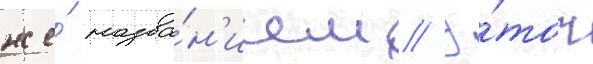
же́ назва́н'ием // Э́тот